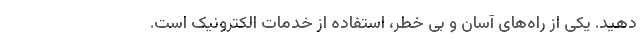
دهید. یکی از راه‌های آسان و بی خطر، استفاده از خدمات الکترونیک است.